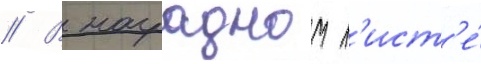
// В наградном л'ист'е́